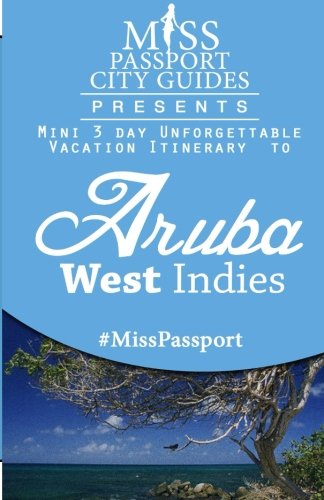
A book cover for Miss Passport City Guides Presents: Mini 3 day Unforgettable Vacation Itinerary to Aruba (Miss Passport Travel Guides Book); Sharon Bell; Travel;